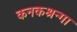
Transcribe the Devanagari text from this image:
कनकश्रन्गा